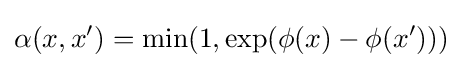
\alpha (x,x')=\min(1,\exp(\phi (x)-\phi (x')))